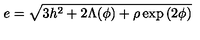
e = \sqrt { 3 h ^ { 2 } + 2 \Lambda ( \phi ) + \rho \exp { ( 2 \phi ) } }